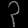
Digit: ၃